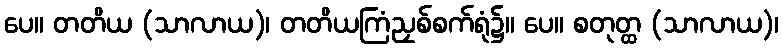
ပေ။ တတိယ (သာလာယ)၊ တတိယကြံညှစ်စက်ရုံ၌။ ပေ။ စတုတ္ထ (သာလာယ)၊